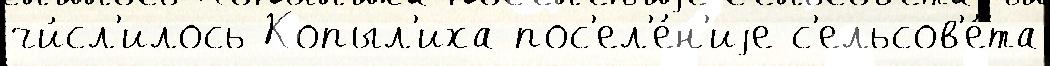
чи́сл'илось Копыл'иха пос'ел'е́н'иjе с'ельсов'е́та